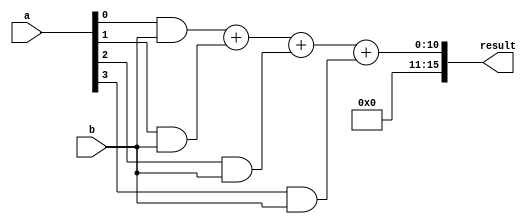
module wallace_tree_multiplier (
    input wire [7:0] a,
    input wire [7:0] b,
    output reg [15:0] result
);

reg [7:0] partial_products [3:0];

// Generate partial products
assign partial_products[0] = a[0] & b;
assign partial_products[1] = a[1] & b;
assign partial_products[2] = a[2] & b;
assign partial_products[3] = a[3] & b;

// Add partial products in tree-like structure
always @*
begin
    result = partial_products[0] + partial_products[1];
    result = result + partial_products[2];
    result = result + partial_products[3];
end

endmodule